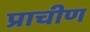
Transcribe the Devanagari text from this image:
प्राचीण